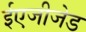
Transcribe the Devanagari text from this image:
ईएजीजेड